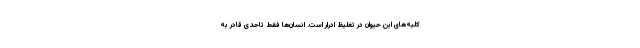
کلیه‌های این حیوان در تغلیظ ادرار است. انسان‌ها فقط تاحدی قادر به